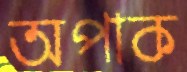
অপাক